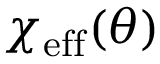
\chi _ { \mathrm { e f f } } ( \theta )